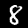
Label: 8